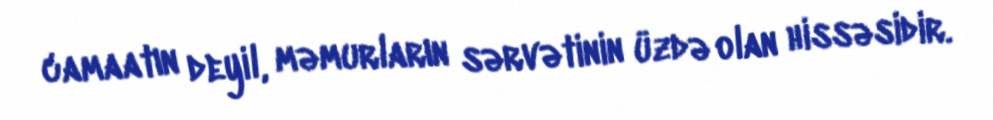
camaatın deyil, məmurların sərvətinin üzdə olan hissəsidir.